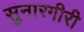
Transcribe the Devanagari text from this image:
सुनारगीरी